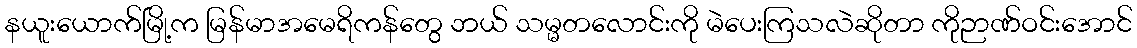
နယူးယောက်မြို့က မြန်မာအမေရိကန်တွေ ဘယ် သမ္မတလောင်းကို မဲပေးကြသလဲဆိုတာ ကိုဉာဏ်ဝင်းအောင်